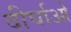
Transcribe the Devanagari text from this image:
दीर्घाओ